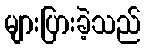
များပြားခဲ့သည်